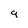
Character: 9